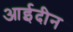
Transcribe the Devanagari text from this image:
आईदीन